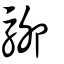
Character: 駵